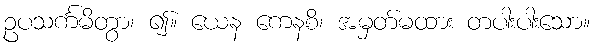
ဥပသင်္ကမိတွာ၊ ၍။ ယေန ကေနစိ၊ အမှတ်မထား တပါးပါးသော။